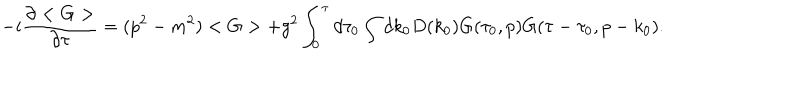
- i \frac { \partial < G > } { \partial \tau } = ( p ^ { 2 } - m ^ { 2 } ) < G > + g ^ { 2 } \int _ { 0 } ^ { \tau } d \tau _ { 0 } \int d k _ { 0 } D ( k _ { 0 } ) G ( \tau _ { 0 } , p ) G ( \tau - \tau _ { 0 } , p - k _ { 0 } ) .